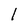
Character: 1